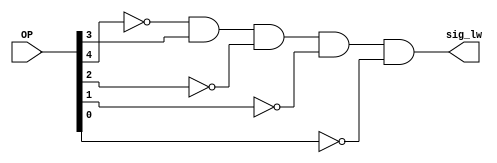
module min_lw(OP, sig_lw);
	// min stands for Minterms
	// here we got just one term: sig_sw = OP[4]' AND OP[3]' AND ...
	input [4:0] OP;
	output sig_lw;
	
	and myOP_and (sig_lw, ~OP[4], OP[3], ~OP[2], ~OP[1], ~OP[0]);
	
endmodule